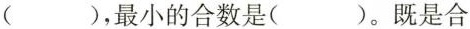
( )，最小的合数是( )。既是合